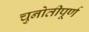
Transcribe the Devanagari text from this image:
चुनोतीपूर्ण